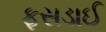
ફસડાઈ